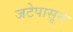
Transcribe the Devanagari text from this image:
जटेपासून